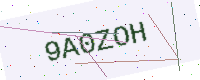
Text: 9A0ZOH